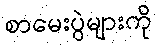
စာမေးပွဲများကို